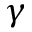
\gamma